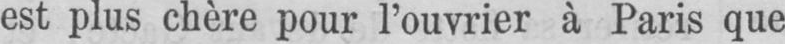
est plus chère pour l’ouvrier à Paris que